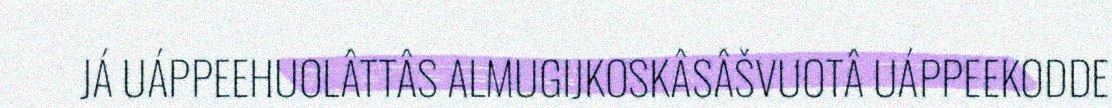
JÁ UÁPPEEHUOLÂTTÂS ALMUGIJKOSKÂSÂŠVUOTÂ UÁPPEEKODDE